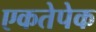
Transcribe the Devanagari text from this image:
एकतेपेक